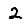
Digit: 2